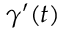
\gamma ^ { \prime } ( t )